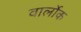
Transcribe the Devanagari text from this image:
वार्लोक